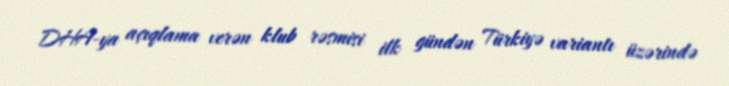
DHA-ya açıqlama verən klub rəsmisi ilk gündən Türkiyə variantı üzərində